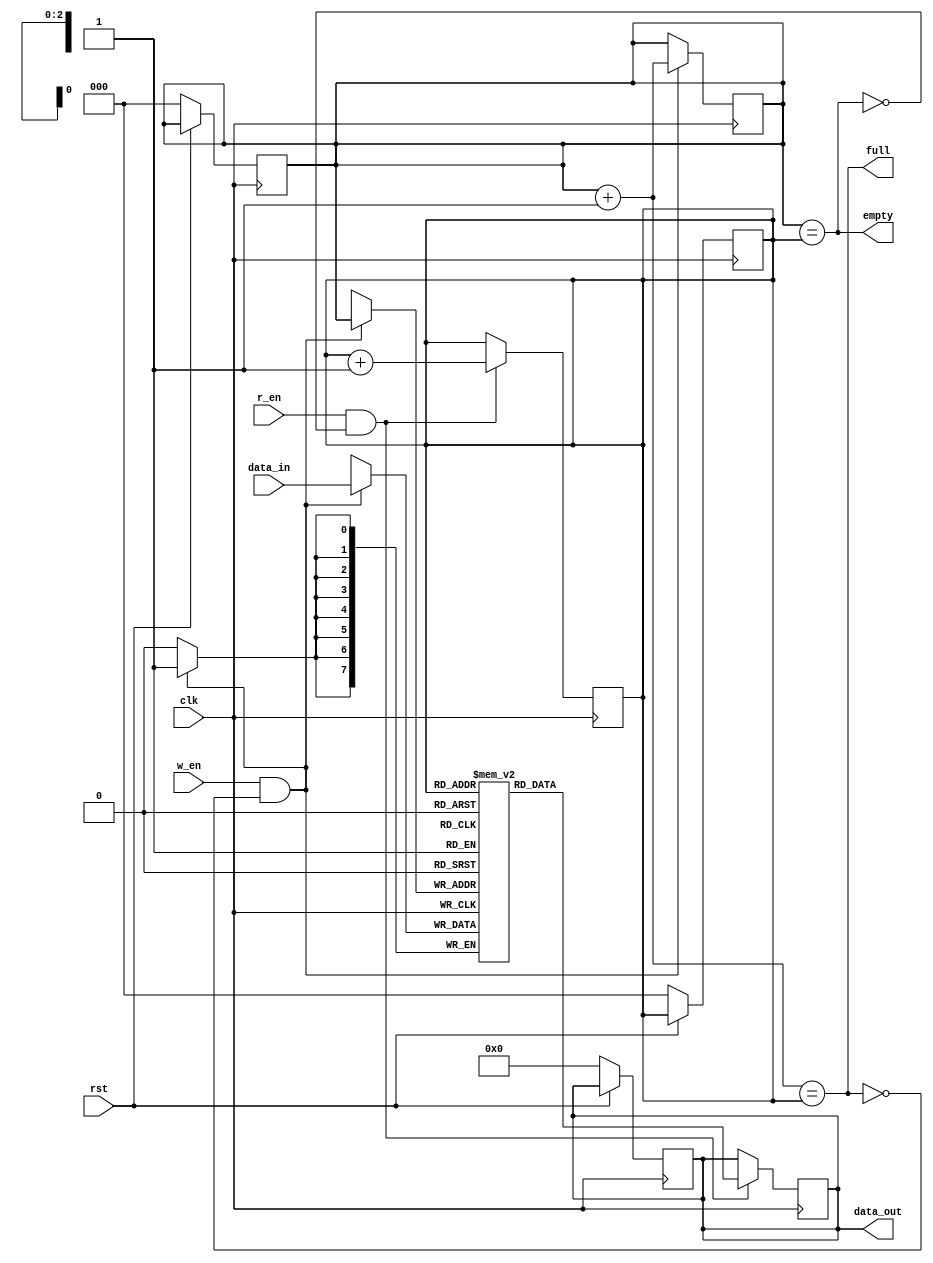
module synchronous_fifo #(parameter depth=8, data_width=8) (
  input clk, rst,
  input w_en, r_en,
  input [data_width-1:0] data_in,
  output reg [data_width-1:0] data_out,
  output full, empty
);
  
  reg [$clog2(depth)-1:0] w_ptr, r_ptr;
  reg [data_width-1:0] fifo[depth];
  
  // Set Default values on reset.
  always@(posedge clk) begin
    if(!rst) begin
      w_ptr <= 0; r_ptr <= 0;
      data_out <= 0;
    end
  end
  
  // To write data to FIFO
  always@(posedge clk) begin
    if(w_en & !full)begin
      fifo[w_ptr] <= data_in;
      w_ptr <= w_ptr + 1;
    end
  end
  
  // To read data from FIFO
  always@(posedge clk) begin
    if(r_en & !empty) begin
      data_out <= fifo[r_ptr];
      r_ptr <= r_ptr + 1;
    end
  end
  
  assign full = ((w_ptr+1'b1) == r_ptr);
  assign empty = (w_ptr == r_ptr);
endmodule